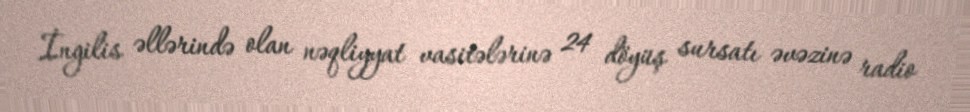
İngilis əllərində olan nəqliyyat vasitələrinə 24 döyüş sursatı əvəzinə radio